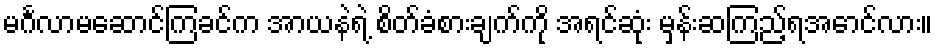
မင်္ဂလာမဆောင်ကြခင်က အာယနဲရဲ့ စိတ်ခံစားချက်ကို အရင်ဆုံး မှန်းဆကြည့်ရအောင်လား။